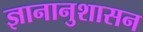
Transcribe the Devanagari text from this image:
ज्ञानानुशासन